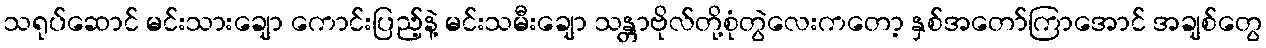
သရုပ်ဆောင် မင်းသားချော ကောင်းပြည့်နဲ့ မင်းသမီးချော သန္တာဗိုလ်တို့စုံတွဲလေးကတော့ နှစ်အတော်ကြာအောင် အချစ်တွေ